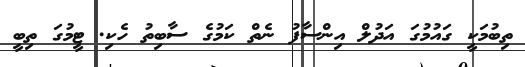
ތިބުމަކީ ގައުމުގަ އަދުލް އިންސާފު ނެތް ކަމުގެ ސާބިތު ހެކި. ޓީމުގަ ތިބީ